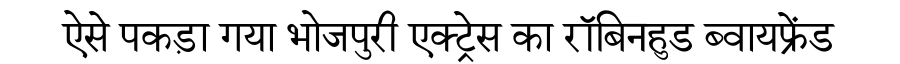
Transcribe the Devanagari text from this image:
ऐसे पकड़ा गया भोजपुरी एक्ट्रेस का रॉबिनहुड ब्वायफ्रेंड